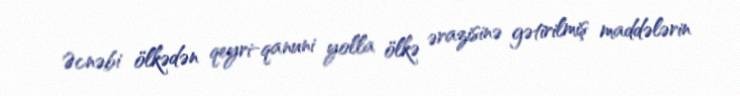
Əcnəbi ölkədən qeyri-qanuni yolla ölkə ərazisinə gətirilmiş maddələrin